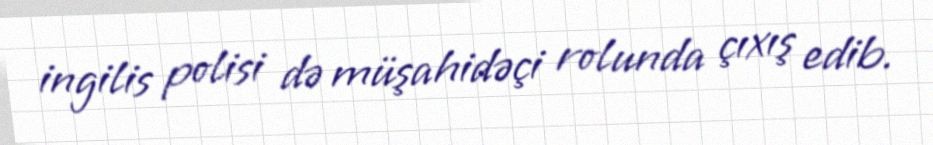
ingilis polisi də müşahidəçi rolunda çıxış edib.